Medical and sanitary report of the native army of Bengal for the year
Year: 1878
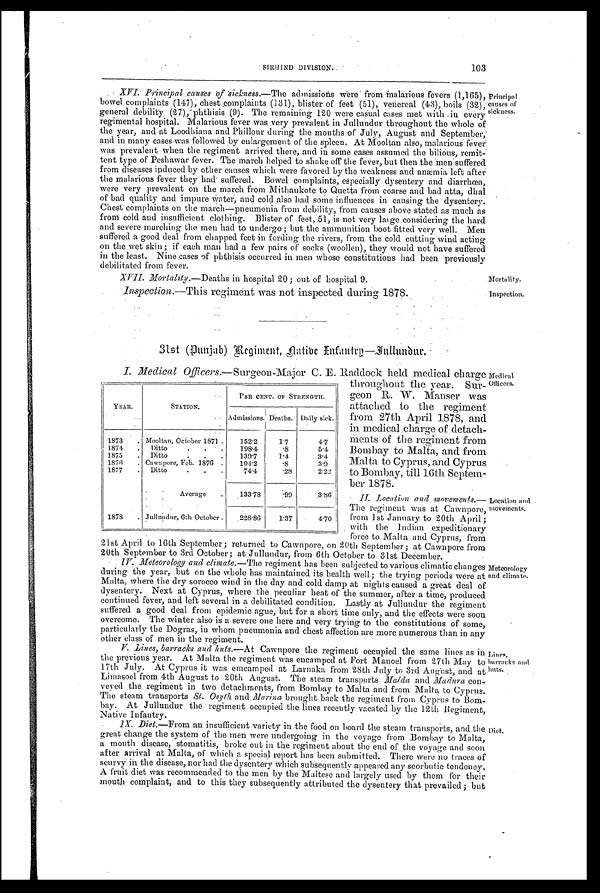
•Mortality.
Inspection.
SIRH-IND DIVISION.
103
XVI. Principal causes if sickness.— The admissions were from malarions fevers (1,165),
bowel complaints (147), chest ,complaints (131), blister of feet (51), venereal (43), boils (32),
general debility. (27), phthisis (9). The remaining 120 were casual cases met with in every
regimental hospital. Malarious fever was very prevalent in Jullundur throughout the whole of
the year, and at Loodhiana and Phillour during the months. of July, August and September,
and in many cases was followed by enlargement of the spleen. At Mooltan also, malarious fever
was prevalent when the regiment arrived there, and in some eases assumed the bilious, remit-
tent type of Peshawar fever; The march helped to shake off the fever, but then the Men suffered
from diseases induced by other causes which were favored by the weakness and anæmia left after
the malarious fever they,had suffered. Bowel complaints, especially dysentery and diarrhœa,
were very prevalent on the march from Mithankote to Quetta from coarse and bad atta, dhal
of bad quality and impure Water, and cold also had some influences in causing the dysentery.
Chest complaints on the march—pneumonia from debility, from causes above stated as much as
from cold and insufficient clothing. Blister of feet, 51, is not very large considering the hard
and severe marching the men had to undergo ; but the ammunition boot fitted very well. Men
suffered a good deal from chapped feet in fording the rivers, from the cold cutting wind acting
on the wet skin ; if each man had a few pairs of socks (woollen), they would not have suffered
in the least. Nine cases of phthisis occurred in men whose constitutions had been previously
debilitated from fever.
Principal
causes of
sickness.
XVII. Mortality.—Deaths in hospital 20 ; out of hospital 9.
Inspection. —This regiment was not inspected during 1878.
31st (Punjab) Regiment, flatibe Enfantrg—Jullumdur.
I. Medical Officers.—Surgeon-Major C. E. Raddock held medical charge
throughout the year. Sur-
geon R. W. Manser was
attached to the regiment
from 27th April 1878, and
in medical charge of detach-
ments of the regiment from
Bombay to Malta, and from
Malta to Cyprus,. and Cyprus
to Bombay, till 16th Septem-
ber 1878.
•II. Location and movements.
— T h e r e g i m e u t w a s a t C a w n p o r e ,
from 1st Jannary to 20th April;
with the Indian expeditionary
force to Malta and Cyprus, from
21st April to 16th September; returned to Cawnpore, on 20th
September; at Cawnpore from
2 0 t h S e p t e m b e r t o 3 r d O c t o b e r ; a t J u l l u n d u r f r o m 6 t h O c t o b e r t o 3 1s
t D e c e m b e r
• IV. Meteorology and climate.— The regiment has been subjected to various climatic changes
during the year, but on the whole has maintained its health well ; the tryig tryin periods were at
Malta, where the dry sorocco wind in the day and cold damp at nights caused a great deal of
dysentery. Next at Cyprus, where the peculiar heat of the summer, after a time, produced
continued fever, and left several in a debilitated condition. Lastly at Jullundur the regiment
suffered a good deal from epidemic ague, but for a short time only, and the effects were soon
overcome. The winter also is a severe one here and very trying to the constitutions of some,
particularly the Dogras, in whom pneumonia and chest affection are more numerous than in any
other class of men in the regiment.
V. Lines, barracks and huts. —At Cawnpore the regiment occupied the same lines as in
the previous year. At Malta the regiment was encamped at Fort Manoel from 27th May tc
17th July. At Cyprus it was emcamped at Larnaka from 28th July to 3rd August, and at
Limasoel from 4th to 20th August. The steam transports Maldaand Madura con-
veyed the regiment in two detachments, from Bombay to Malta and from Malta to Cyprus.
The steam transports St. Osytli and Marina brought back the regiment from Cyprus to Bo
m - b a y . A t J u l l u n d u r t h e r e g i m e n t o c c u p i e d t h e l i n e s r e c e n t l y v a c a t e d b y t h e 1 2 t h R e g i m e n t
Native Infantry.
1X. Diet.—From an insufficient variety in the food on hoard the steam transports, and the
great change the system of the men were undergoing in the voyage from Bombay to Malta;
a mouth disease, stomatitis, broke out in the regiment about the end of the voyage and soon
after arrival at Malta, of which a special report has been submitted. There were no traces of
scurvy in the disease, nor had the dysentery which subsequently appeared any scorbutic tendency
A fruit diet was recommended to the men by the Maltese and largely used by them for them
mouth complaint, and to this they subsequently attributed the dysentery that prevailed; but
YEAR.
STATION.
PER CENT. OF STRENGTH.
Admissions. Deaths. Daily sick.
1873 . Mooltan, October 1871 .
152.2
1.7
4. 7
1874 . Ditto
. . . .
1.98.4
. 8 5.4
1875 . Ditto
. . .
130.7
1.4
3.4
1876 . Cawnpore, Feb. 1876 .
104.2
.8
3.9
1877 . Ditto
74.4
. 2 8 2.22
Average .
133.78
. 0 9 3.86.
1878 . . Jullundur, 6th October . .228.86
1.37
4.70
Medical
Officers.
Location and
movements.
Meteorology
and climate.
Lines,
barracks and
huts.
Diet.